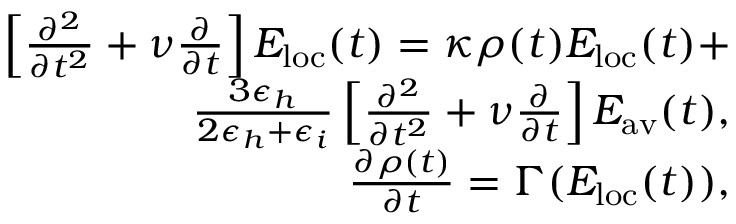
\begin{array} { r l r } & { } & { \left[ \frac { \partial ^ { 2 } } { \partial t ^ { 2 } } + \nu \frac { \partial } { \partial t } \right] E _ { \mathrm { l o c } } ( t ) = \kappa \rho ( t ) E _ { \mathrm { l o c } } ( t ) + } \\ & { } & { \frac { 3 \epsilon _ { h } } { 2 \epsilon _ { h } + \epsilon _ { i } } \left[ \frac { \partial ^ { 2 } } { \partial t ^ { 2 } } + \nu \frac { \partial } { \partial t } \right] E _ { \mathrm { a v } } ( t ) , } \\ & { } & { \frac { \partial \rho ( t ) } { \partial t } = \Gamma ( E _ { \mathrm { l o c } } ( t ) ) , } \end{array}